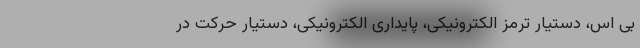
بی اس، دستیار ترمز الکترونیکی، پایداری الکترونیکی، دستیار حرکت در